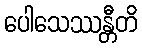
ပေါသေဿန္တီတိ